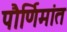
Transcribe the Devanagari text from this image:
पौर्णिमांत